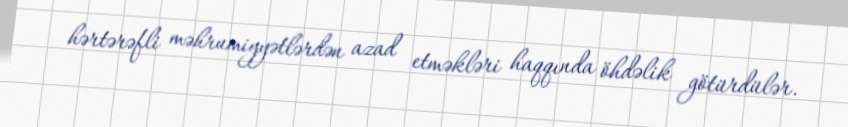
hərtərəfli məhrumiyyətlərdən azad etməkləri haqqında öhdəlik götürdülər.